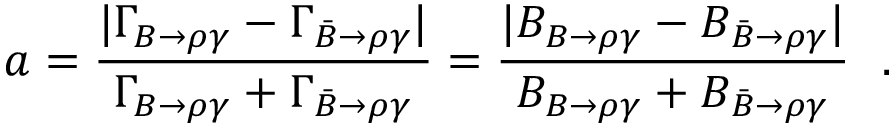
a = \frac { | \Gamma _ { B \to \rho \gamma } - \Gamma _ { \bar { B } \to \rho \gamma } | } { \Gamma _ { B \to \rho \gamma } + \Gamma _ { \bar { B } \to \rho \gamma } } = \frac { | { \cal B } _ { B \to \rho \gamma } - { \cal B } _ { \bar { B } \to \rho \gamma } | } { { \cal B } _ { B \to \rho \gamma } + { \cal B } _ { \bar { B } \to \rho \gamma } } \ \ .